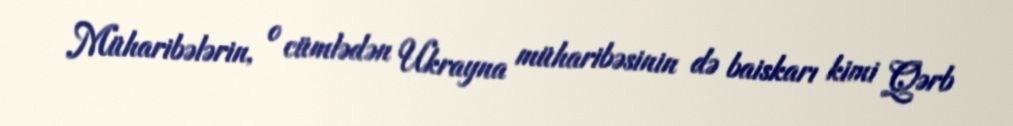
Müharibələrin, o cümlədən Ukrayna müharibəsinin də baiskarı kimi Qərb